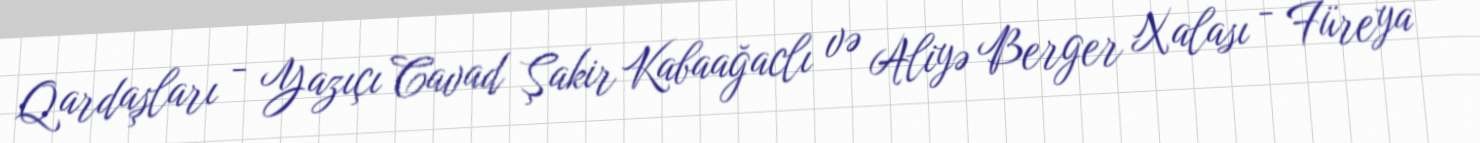
Qardaşları - Yazıçı Cavad Şakir Kabaağaclı və Aliyə Berger Xalası - Füreya